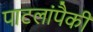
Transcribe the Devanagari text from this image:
पाटलांपैकी